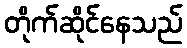
တိုက်ဆိုင်နေသည်